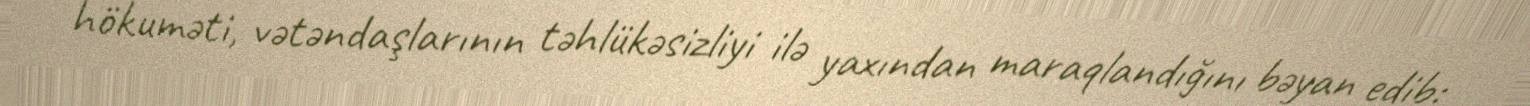
hökuməti, vətəndaşlarının təhlükəsizliyi ilə yaxından maraqlandığını bəyan edib: